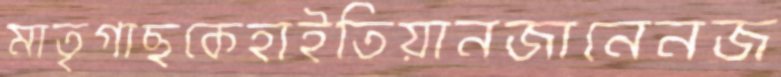
মাতৃগাছকেহাইতিয়ানজানেনজ